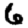
Digit: 6